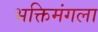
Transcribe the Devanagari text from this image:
भक्तिमंगला